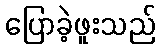
ပြောခဲ့ဖူးသည်